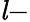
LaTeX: \mathit l-